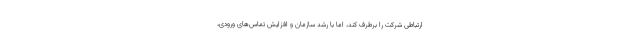
ارتباطی شرکت را برطرف کند، اما با رشد سازمان و افزایش تماس‌های ورودی،